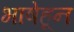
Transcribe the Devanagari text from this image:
भाषेहून